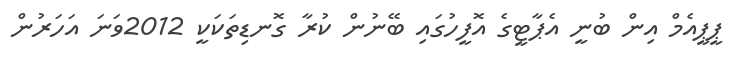
ޕީޕީއެމް އިން ބުނީ އެޕާޓީގެ އޮފީހުގައި ބޭނުން ކުރާ ގޮނޑިތަކަކީ 2012ވަނަ އަހަރުން